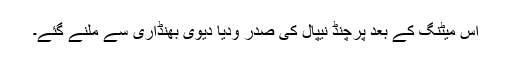
اس میٹنگ کے بعد پرچنڈ نیپال کی صدر ودیا دیوی بھنڈاری سے ملنے گئے۔